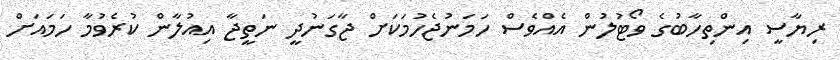
ރިޔާސީ އިންތިހާބުގެ ވޯޓުލުން އެއްވެސް ހަމަނުޖެހުމަކަށް ޖާގަނުދީ ނަތީޖާ އިއުލާން ކުރެވުމާ ހަމައަށް